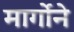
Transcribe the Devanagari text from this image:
मार्गोने